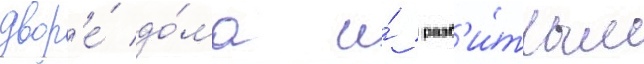
двор'е́ до́ма и́ разб'и́тым